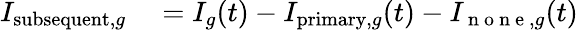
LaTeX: \begin{array}{rl}{I_{\mathrm{subsequent},g}}&{{}=I_{g}(t)-I_{\mathrm{primary},g}(t)-I_{\mathrm{~n~o~n~e~},g}(t)}\end{array}